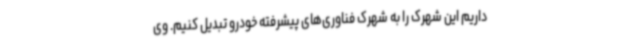
داریم این شهرک را به شهرک فناوری‌های پیشرفته خودرو تبدیل کنیم. وی